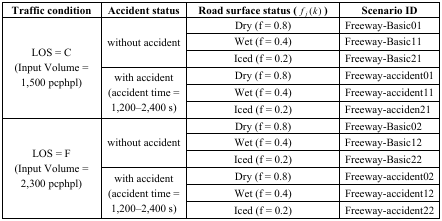
<table><thead><tr><td><b>Traffic condition</b></td><td><b>Accident status</b></td><td><b>Road surface status (<i>f<sub>j</sub></i> (<i>k</i>) )</b></td><td><b>Scenario ID</b></td></tr></thead><tbody><tr><td rowspan="6">LOS = C (Input Volume = 1,500 pcphpl)</td><td rowspan="3">without accident</td><td>Dry (f = 0.8)</td><td>Freeway-Basic01</td></tr><tr><td>Wet (f = 0.4)</td><td>Freeway-Basic11</td></tr><tr><td>Iced (f = 0.2)</td><td>Freeway-Basic21</td></tr><tr><td rowspan="3">with accident (accident time = 1,200–2,400 s)</td><td>Dry (f = 0.8)</td><td>Freeway-accident01</td></tr><tr><td>Wet (f = 0.4)</td><td>Freeway-accident11</td></tr><tr><td>Iced (f = 0.2)</td><td>Freeway-acciden21</td></tr><tr><td rowspan="6">LOS = F (Input Volume = 2,300 pcphpl)</td><td rowspan="3">without accident</td><td>Dry (f = 0.8)</td><td>Freeway-Basic02</td></tr><tr><td>Wet (f = 0.4)</td><td>Freeway-Basic12</td></tr><tr><td>Iced (f = 0.2)</td><td>Freeway-Basic22</td></tr><tr><td rowspan="3">with accident (accident time = 1,200–2,400 s)</td><td>Dry (f = 0.8)</td><td>Freeway-accident02</td></tr><tr><td>Wet (f = 0.4)</td><td>Freeway-accident12</td></tr><tr><td>Iced (f = 0.2)</td><td>Freeway-accident22</td></tr></tbody></table>